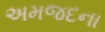
અમજદના